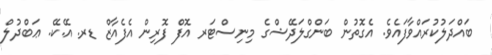
ބައްދަލުކުރައްވާފައެވެ. އެގޮތުން ބަންގްލަދޭޝްގެ މިނިސްޓަރ އޮފް ފޮރިން އެފެއާޒް ޑރ. އޭ.ކޭ. ޢަބްދުލް